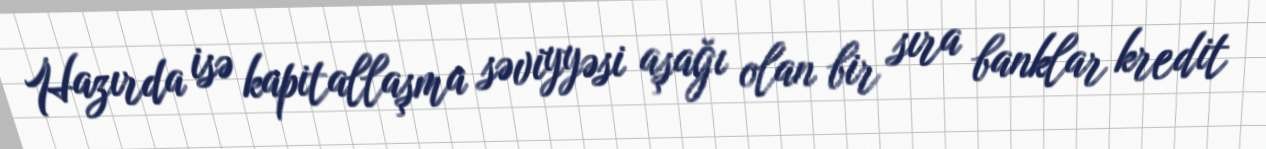
Hazırda isə kapitallaşma səviyyəsi aşağı olan bir sıra banklar kredit